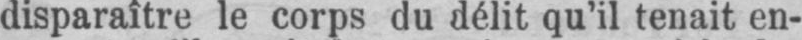
disparaître le corps du délit qu’il tenait en-